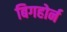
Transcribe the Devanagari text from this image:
बिगहोर्न